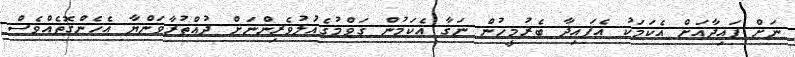
ނަށް ފައިދާއަށް އެކަމަކު އެފައިދާ ބެރުމީހުން ނަގާ އެކަމުން ގަވްމުގެއަުލުވެރިންނަށް ދުއްތުރާވަންޔާ އެހެންގޮތެއްވެސް